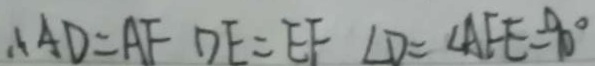
\therefore A D = A F D E = E F \angle D = \angle A F E = 9 0 ^ { \circ }